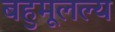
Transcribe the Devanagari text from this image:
बहुमूलल्य